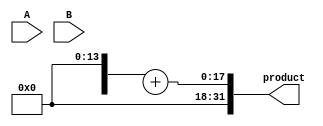
module FixedPointWallaceTreeMultiplier #(
    parameter WIDTH_A = 16, // Width of operand A
    parameter WIDTH_B = 16, // Width of operand B
    parameter FRACTIONAL_BITS = 8 // Number of fractional bits
)(
    input  wire [WIDTH_A-1:0] A, // Fixed-point operand A
    input  wire [WIDTH_B-1:0] B, // Fixed-point operand B
    output wire [(WIDTH_A + WIDTH_B - 1):0] product // Fixed-point product
);

    // Generate partial products
    wire [WIDTH_A + WIDTH_B - 1:0] partial_products[WIDTH_B-1:0];

    genvar i;
    generate
        for (i = 0; i < WIDTH_B; i = i + 1) begin : gen_partial_products
            assign partial_products[i] = A & {WIDTH_A{B[i]}};
        end
    endgenerate

    // Wallace tree reduction
    wire [WIDTH_A + WIDTH_B - 1:0] sum[WIDTH_B:0];
    wire [WIDTH_B:0] carry[WIDTH_B:0];

    // Initial stage
    generate
        for (i = 0; i < WIDTH_B; i = i + 1) begin : stage_0
            assign sum[0][i] = partial_products[i][0];
            assign carry[0][i] = 1'b0; // No carry in the first stage
        end
    endgenerate

    // Reduction stages
    genvar j;
    generate
        for (j = 0; j < WIDTH_B - 1; j = j + 1) begin : reduction_stages
            wire [WIDTH_B:0] stage_sum;
            wire [WIDTH_B:0] stage_carry;

            // Half and Full Adders
            for (i = 0; i < (WIDTH_B >> (j + 1)); i = i + 1) begin : adders
                if (i < (WIDTH_B >> j)) begin
                    // Half Adder
                    assign stage_sum[i] = sum[j][2*i] ^ sum[j][2*i + 1];
                    assign stage_carry[i] = sum[j][2*i] & sum[j][2*i + 1];
                end
                if (i < (WIDTH_B >> j) - 1) begin
                    // Full Adder
                    assign stage_sum[i + (WIDTH_B >> (j + 1))] = stage_sum[i] ^ carry[j][i];
                    assign stage_carry[i + (WIDTH_B >> (j + 1))] = (stage_sum[i] & carry[j][i]) | stage_carry[i];
                end
            end

            assign sum[j + 1] = stage_sum;
            assign carry[j + 1] = stage_carry;
        end
    endgenerate

    // Final addition
    wire [WIDTH_A + WIDTH_B - 1:0] final_sum;
    wire final_carry;

    assign {final_carry, final_sum} = sum[WIDTH_B - 1] + carry[WIDTH_B - 1];

    // Output product
    assign product = final_sum;

endmodule